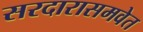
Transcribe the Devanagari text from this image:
सरदारासमवेत